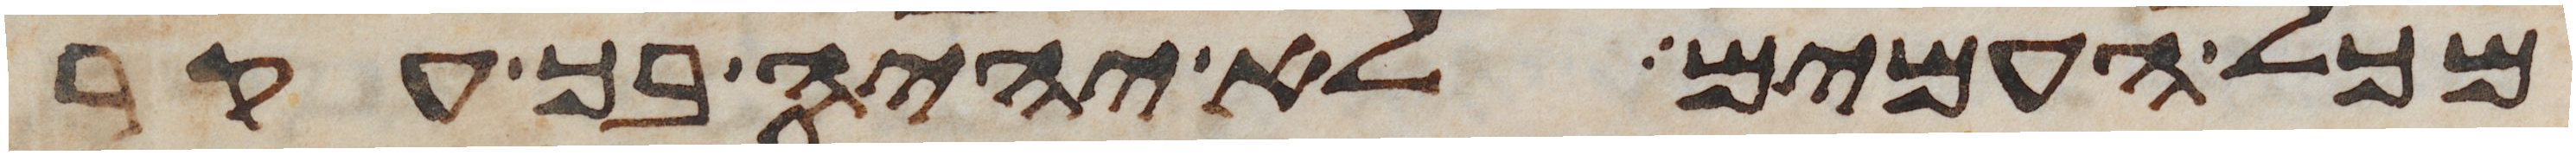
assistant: מכל העמים לא יהיה בך עקר